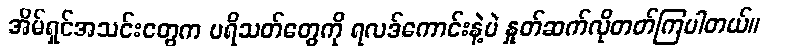
အိမ်ရှင်အသင်းတွေက ပရိသတ်တွေကို ရလဒ်ကောင်းနဲ့ပဲ နှုတ်ဆက်လိုတတ်ကြပါတယ်။